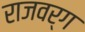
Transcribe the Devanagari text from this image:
राजवर्ग